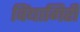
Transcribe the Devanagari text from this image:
विंद्यागिरी